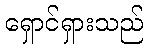
ရှောင်ရှားသည်